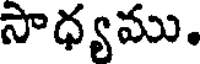
సాధ్యము.